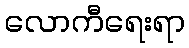
လောကီရေးရာ